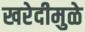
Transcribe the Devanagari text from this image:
खरेदीमुळे